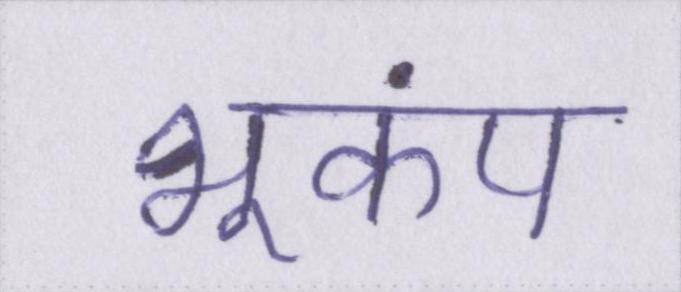
भूकंप